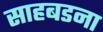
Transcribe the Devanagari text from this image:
साहबडना